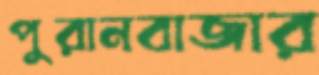
পুরানবাজার